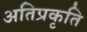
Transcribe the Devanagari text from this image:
अतिप्रकृति